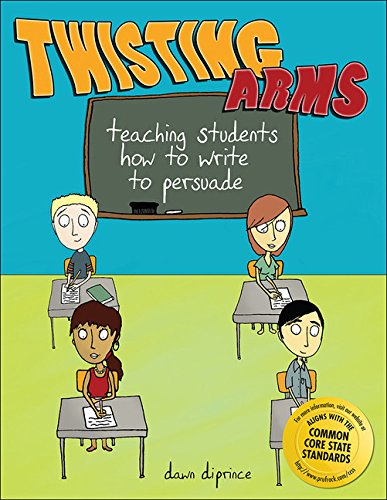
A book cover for Twisting Arms: Teaching Students How to Write to Persuade; Dawn DiPrince; Reference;